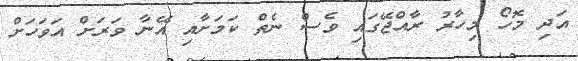
އަދި މޮހޯ މިހާރު ރާއްޖޭގައި ވެސް ނެތް ކަމަށާއި އޭނާ ވަރަށް އަވަހަށް